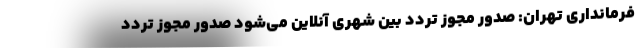
فرمانداری تهران: صدور مجوز تردد بین شهری آنلاین می‌شود صدور مجوز تردد